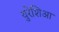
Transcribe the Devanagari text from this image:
युरेशिआ